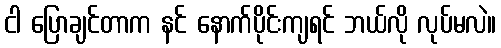
ငါ ပြောချင်တာက နင် နောက်ပိုင်းကျရင် ဘယ်လို လုပ်မလဲ။